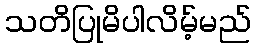
သတိပြုမိပါလိမ့်မည်